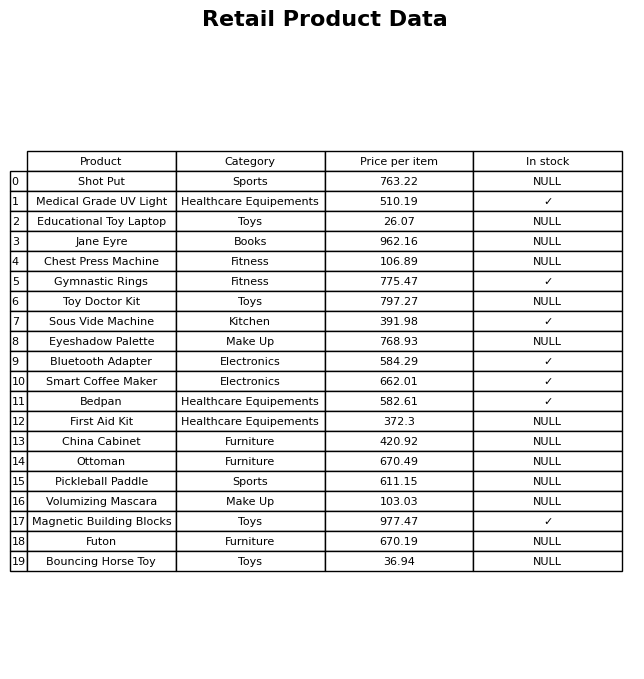
question: Is the China Cabinet in stock?
answer: NULL